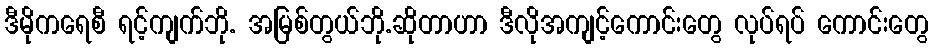
ဒီမိုကရေစီ ရင့်ကျက်ဘို. အမြစ်တွယ်ဘို.ဆိုတာဟာ ဒီလိုအကျင့်ကောင်းတွေ လုပ်ရပ် ကောင်းတွေ